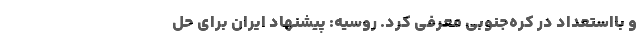
و بااستعداد در کره‌جنوبی معرفی کرد. روسیه: پیشنهاد ایران برای حل